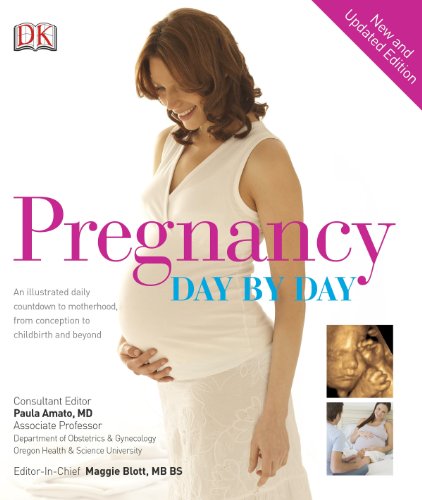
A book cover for Pregnancy Day By Day; DK Publishing; Parenting & Relationships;